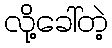
လို့ခေါ်တဲ့